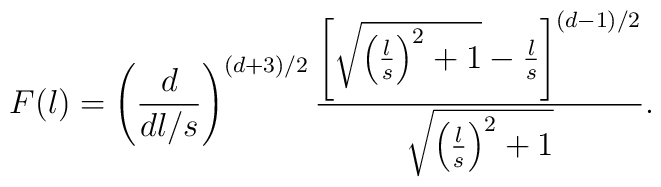
F(l)=\left(d\over d l/s\right)^{(d+3)/2}{\left[\sqrt{\left(l\over s \right)^2+1}-{l\over s}\right]^{(d-1)/2}\over\sqrt{\left(l\over s \right)^2+1}}.